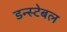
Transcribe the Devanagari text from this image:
डन्स्टेबल